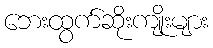
ဘေးထွက်ဆိုးကျိုးများ